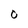
Character: 0